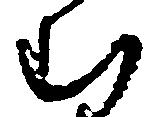
む